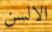
الالسن